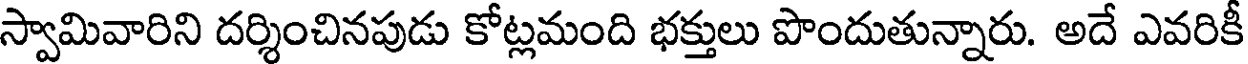
స్వామివారిని దర్శించినపుడు కోట్లమంది భక్తులు పొందుతున్నారు. అదే ఎవరికీ